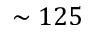
\sim 1 2 5